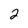
Character: 2